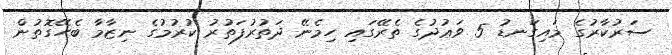
ސަރުކާރުގެ މައިގަނޑު 5 ވަޢުދުގެ ތެރޭގައި ހިމެނޭ ދަތުރުފަތުރު ކުރުމުގެ ނިޒާމާ ބެހޭގޮތުން